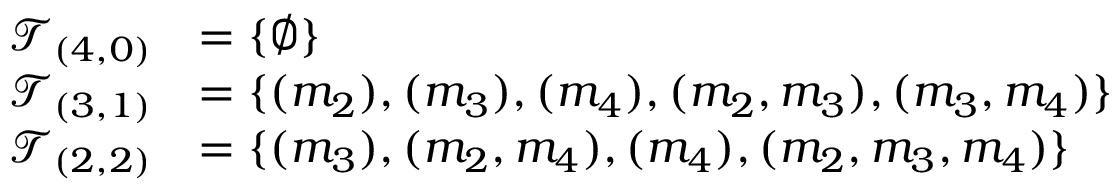
\begin{array} { r l } { \mathscr { T } _ { ( 4 , 0 ) } } & { = \{ \emptyset \} } \\ { \mathscr { T } _ { ( 3 , 1 ) } } & { = \{ ( m _ { 2 } ) , ( m _ { 3 } ) , ( m _ { 4 } ) , ( m _ { 2 } , m _ { 3 } ) , ( m _ { 3 } , m _ { 4 } ) \} } \\ { \mathscr { T } _ { ( 2 , 2 ) } } & { = \{ ( m _ { 3 } ) , ( m _ { 2 } , m _ { 4 } ) , ( m _ { 4 } ) , ( m _ { 2 } , m _ { 3 } , m _ { 4 } ) \} } \end{array}